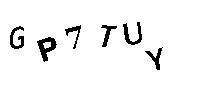
GP7TUY